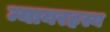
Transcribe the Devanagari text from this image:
न्यायरहस्य